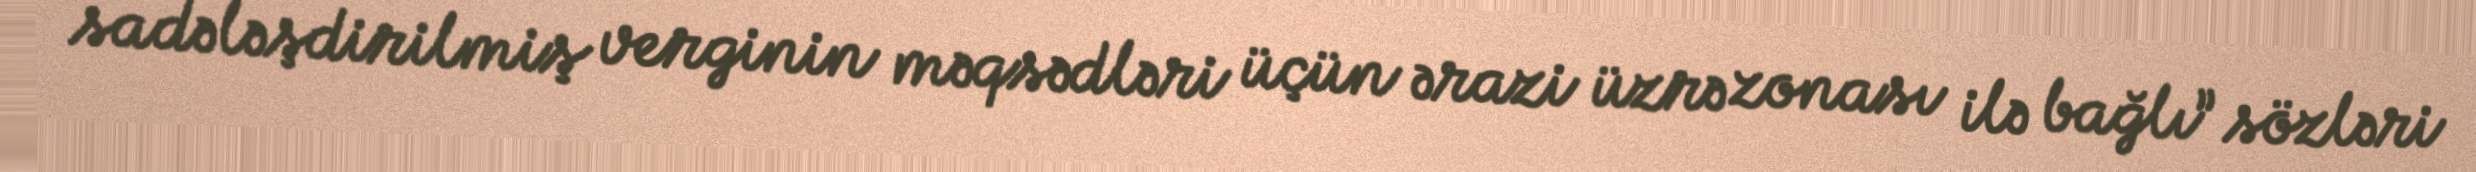
sadələşdirilmiş verginin məqsədləri üçün ərazi üzrə zonası ilə bağlı” sözləri